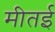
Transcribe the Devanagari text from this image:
मीतई